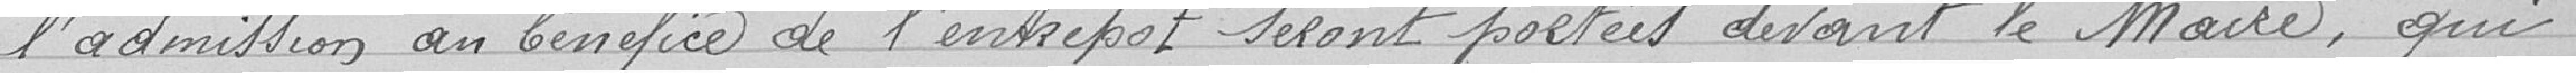
l'admission au bénéfice de l'entrepôt seront portées devant le Maire, qui